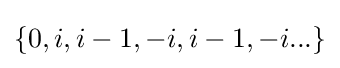
\{0,i,i-1,-i,i-1,-i...\}